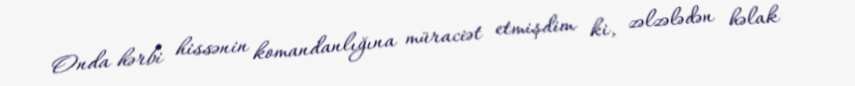
Onda hərbi hissənin komandanlığına müraciət etmişdim ki, zəlzələdən həlak